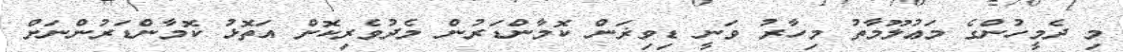
މި ދެމީހުންގެ މަޢުލޫމާތު މިހާރު ވަނީ ޑިވިޜަން ކޮމާންޑަރުން މެދުވެރިކޮށް އަތޮޅު ކޮމާންޑަރުންނަށް